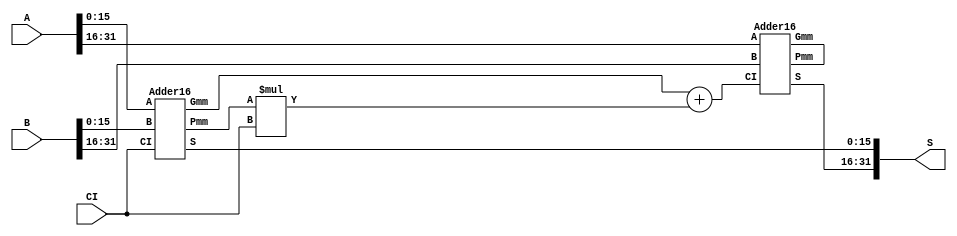
`timescale 1ns / 1ps
//////////////////////////////////////////////////////////////////////////////////
// Company: 
// Engineer: 
// 
// Design Name: 
// Module Name: Adder32
// Project Name: 
// Target Devices: 
// Tool Versions: 
// Description: 
// 
// Dependencies: 
// 
// Revision:
// Revision 0.01 - File Created
// Additional Comments:
// 
//////////////////////////////////////////////////////////////////////////////////


module Adder32(
    input [31:0] A,
    input [31:0] B,
    input CI,
    output [31:0] S
    );
    wire Gmm;
    wire Pmm;
    wire C1 = Gmm + Pmm*CI;
    Adder16 adder16_0 (A[15:0], B[15:0], CI, Gmm, Pmm, S[15:0]);
    Adder16 adder16_1 (.A(A[31:16]), .B(B[31:16]), .CI(C1), .Gmm(), .Pmm(), .S(S[31:16]));

endmodule

module Adder16(
    input [15:0] A,
    input [15:0] B,
    input CI,
    output Gmm,
    output Pmm,
    output [15:0] S
);
    wire [3:0] Gm;
    wire [3:0] Pm;
    wire [3:1] C;
    Adder4 adder4_0 (A[3:0], B[3:0], CI, Gm[0], Pm[0], S[3:0]);
    Adder4 adder4_1 (A[7:4], B[7:4], C[1], Gm[1], Pm[1], S[7:4]);
    Adder4 adder4_2 (A[11:8], B[11:8], C[2], Gm[2], Pm[2], S[11:8]);
    Adder4 adder4_3 (A[15:12], B[15:12], C[3], Gm[3], Pm[3], S[15:12]);
    CLA4 cla4_0(Pm, Gm, CI, Gmm, Pmm, C);

endmodule

module Adder4(
    input [3:0] A,
    input [3:0] B,
    input CI,
    output Gm,
    output Pm,
    output [3:0] S
);
    wire [3:0] G;
    wire [3:0] P;
    wire [3:1] C;

    Adder1 adder1_0 (A[0],B[0],CI,G[0],P[0],S[0]);
    Adder1 adder1_1 (A[1],B[1],C[1],G[1],P[1],S[1]);
    Adder1 adder1_2 (A[2],B[2],C[2],G[2],P[2],S[2]);
    Adder1 adder1_3 (A[3],B[3],C[3],G[3],P[3],S[3]);

    CLA4 cla4_0(P, G, CI, Gm, Pm, C);

endmodule

module Adder1(
    input A,
    input B,
    input CI,
    output G,
    output P,
    output S
);
    assign G = A * B;
    assign P = A + B;
    assign S = A ^ B ^ CI;
endmodule

module CLA4(
    input [3:0] P,
    input [3:0] G,
    input CI,
    output Gm,
    output Pm,
    output [3:1] CO
);
    assign CO[1] = G[0] + P[0]*CI;
    assign CO[2] = G[1] + P[1]*CO[1];
    assign CO[3] = G[2] + P[2]*CO[2];
    assign Gm = G[3] + P[3]*G[2] + P[3]*P[2]*G[1] + P[3]*P[2]*P[1]*G[0];
    assign Pm = &P;
endmodule